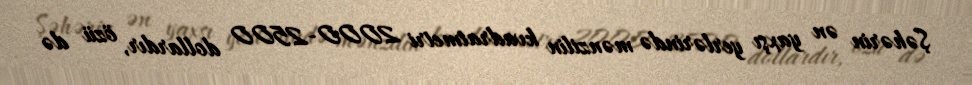
Şəhərin ən yaxşı yerlərində mənzilin kvadratmetri 2000-2500 dollardır, özü də